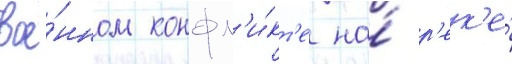
вое́нном конфл'и́кт'е на́ р'ек'е́